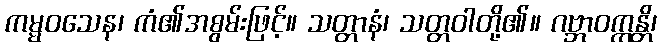
ကမ္မဝသေန၊ ကံ၏အစွမ်းဖြင့်။ သတ္တာနံ၊ သတ္တဝါတို့၏။ ဂဗ္ဘာဝက္ကန္တိ၊